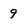
Character: 9